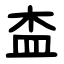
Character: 㭗